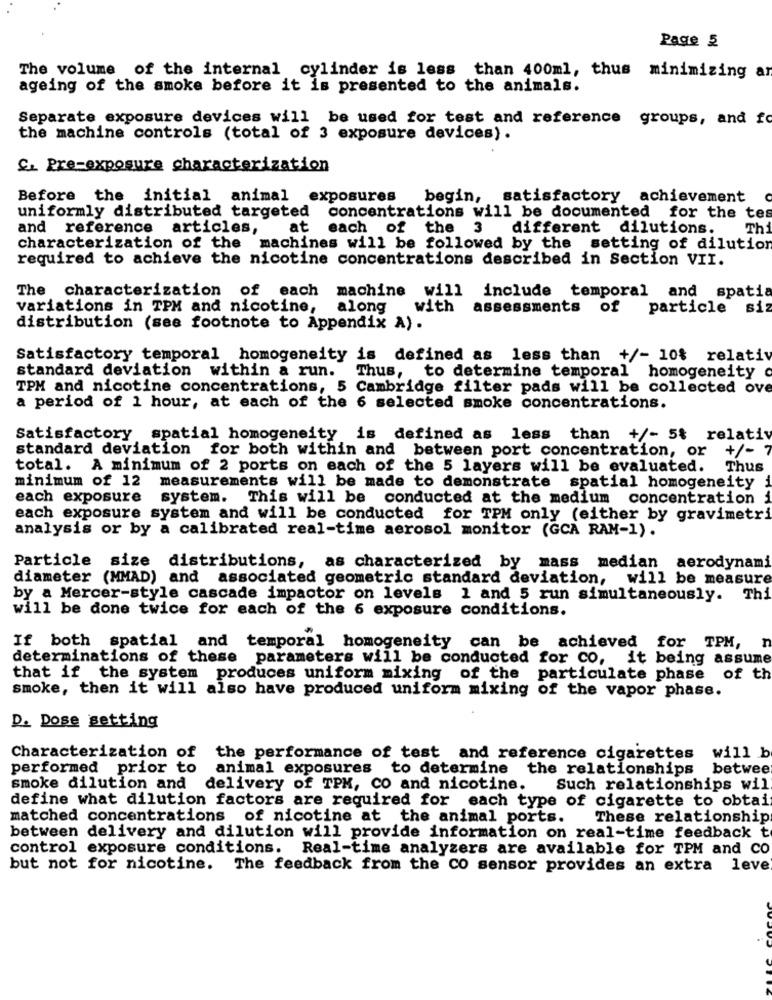
Page 5
The volume of the internal cylinder is less than 400ml, thus minimizing ar
ageing of the smoke before it is presented to the animals.
Separate exposure devices will be used for test and reference groups, and fo
the machine controls (total of 3 exposure devices) .
C. Pre-exposure characterization
Before the initial animal exposures
begin, satisfactory achievement
uniformly distributed targeted
concentrations will be documented for the tes
and reference
articles,
at
each of the 3
different dilutions.
Th
characterization of the machines will be followed by the setting of dilution
required to achieve the nicotine concentrations described in Section VII.
The characterization of each machine
will include temporal and spatia
variations in TPM and nicotine,
along
with
assessments of particle siz
distribution (see footnote to Appendix A) .
Satisfactory temporal homogeneity is defined as less than +/- 10% relativ
standard deviation within a run. Thus, to determine temporal homogeneity o
TPM and nicotine concentrations, 5 Cambridge filter pads will be collected ove
a period of 1 hour, at each of the 6 selected smoke concentrations.
Satisfactory spatial homogeneity is defined as less than +/- 5% relativ
standard deviation for both within and between port concentration, or
+/- 7
total. A minimum of 2 ports on each of the 5 layers will be evaluated.
Thus
minimum of 12
measurements will be made to demonstrate spatial homogeneity
each exposure system. This will be conducted at the medium concentration
each exposure system and will be conducted for TPM only (either by gravimetri
analysis or by a calibrated real-time aerosol monitor (GCA RAM-1).
Particle size distributions, as characterized by mass median aerodynami
diameter (MMAD) and associated geometric standard deviation, will be measure
by a Mercer-style cascade impactor on levels 1 and 5 run simultaneously. Thi
will be done twice for each of the 6 exposure conditions.
If both spatial and temporal homogeneity can be achieved for TPM, n
determinations of these parameters will be conducted for co, it being assume
that if the system produces uniform mixing of the particulate phase of th
smoke, then it will also have produced uniform mixing of the vapor phase.
D. Dose setting
Characterization of the performance of test and reference cigarettes will b
performed prior to animal exposures to determine the relationships
betwee
smoke dilution and
delivery of TPM, CO and nicotine.
Such relationships wil
define what dilution factors are required for each type of cigarette to obtain
matched concentrations of nicotine at the animal ports.
These relationship
between delivery and dilution will provide information on real-time feedback t
control exposure conditions. Real-time analyzers are available for TPM and CO
but not for nicotine. The feedback from the Co sensor provides an extra leve